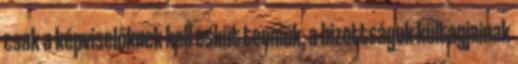
csak a képviselőknek kell esküt tenniük, a bizottságok kültagjainak